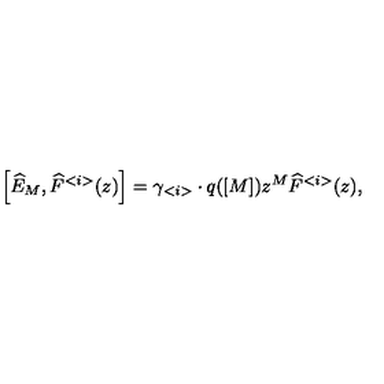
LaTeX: \left[ \widehat { E } _ { M } , \widehat { F } ^ { < i > } ( z ) \right] = \gamma _ { < i > } \cdot q ( [ M ] ) z ^ { M } \widehat { F } ^ { < i > } ( z ) ,